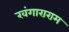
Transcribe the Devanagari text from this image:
खंगाराराम